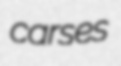
carses